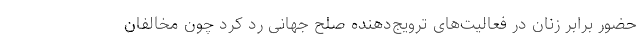
حضور برابر زنان در فعالیت‌های ترویج‌دهنده صلح جهانی رد کرد چون مخالفان